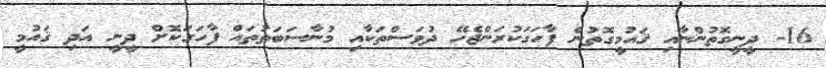
16- ދީނީގޮތުންނާއި ޤައުމީގޮތުން ފާހަގަކުރަންޖެހޭ ދުވަސްތަކާއި މުނާސަބަތުތައް ފާހަގަކޮށް ދީނީ އަދި ޤައުމީ